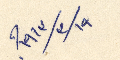
١٩/٣/١٩١٣؟